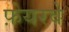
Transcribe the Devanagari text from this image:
फ़ेयरवे